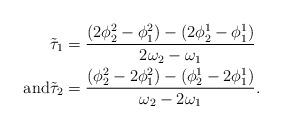
LaTeX: \begin{align*}\tilde\tau_1 & = \frac{ (2\phi_2^2-\phi_1^2) - (2\phi_2^1-\phi_1^1)}{ 2\omega_2-\omega_1} \\\mbox{and} \tilde\tau_2 & = \frac{ (\phi_2^2-2\phi_1^2) - (\phi_2^1-2\phi_1^1)}{ \omega_2-2\omega_1} .\end{align*}